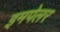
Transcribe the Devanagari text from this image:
इमपेलर